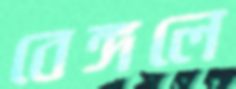
বেঙ্গলে